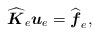
LaTeX: \begin{align*} \widehat{\boldsymbol{K}}_e \boldsymbol{u}_e = \widehat{\boldsymbol{f}}_e,\end{align*}